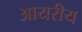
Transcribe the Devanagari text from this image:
आयरीय